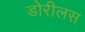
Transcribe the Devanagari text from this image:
डोरीलस